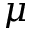
\mu